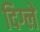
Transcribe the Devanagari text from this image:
दिग्ले